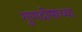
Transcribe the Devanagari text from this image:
गुणदोषांच्या